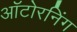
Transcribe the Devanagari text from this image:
ऑटोरनिंग